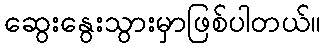
ဆွေးနွေးသွားမှာဖြစ်ပါတယ်။